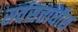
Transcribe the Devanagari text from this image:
सर्वसत्ताधीश